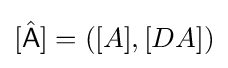
[{\hat {\mathsf {A}}}]=([A],[DA])